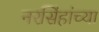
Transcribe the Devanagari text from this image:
नरसिंहांच्या